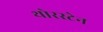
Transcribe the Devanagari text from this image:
थोरस्टेन